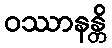
ဝဿာနန္တိ